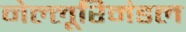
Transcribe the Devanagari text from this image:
नेल्लूरिमंडल